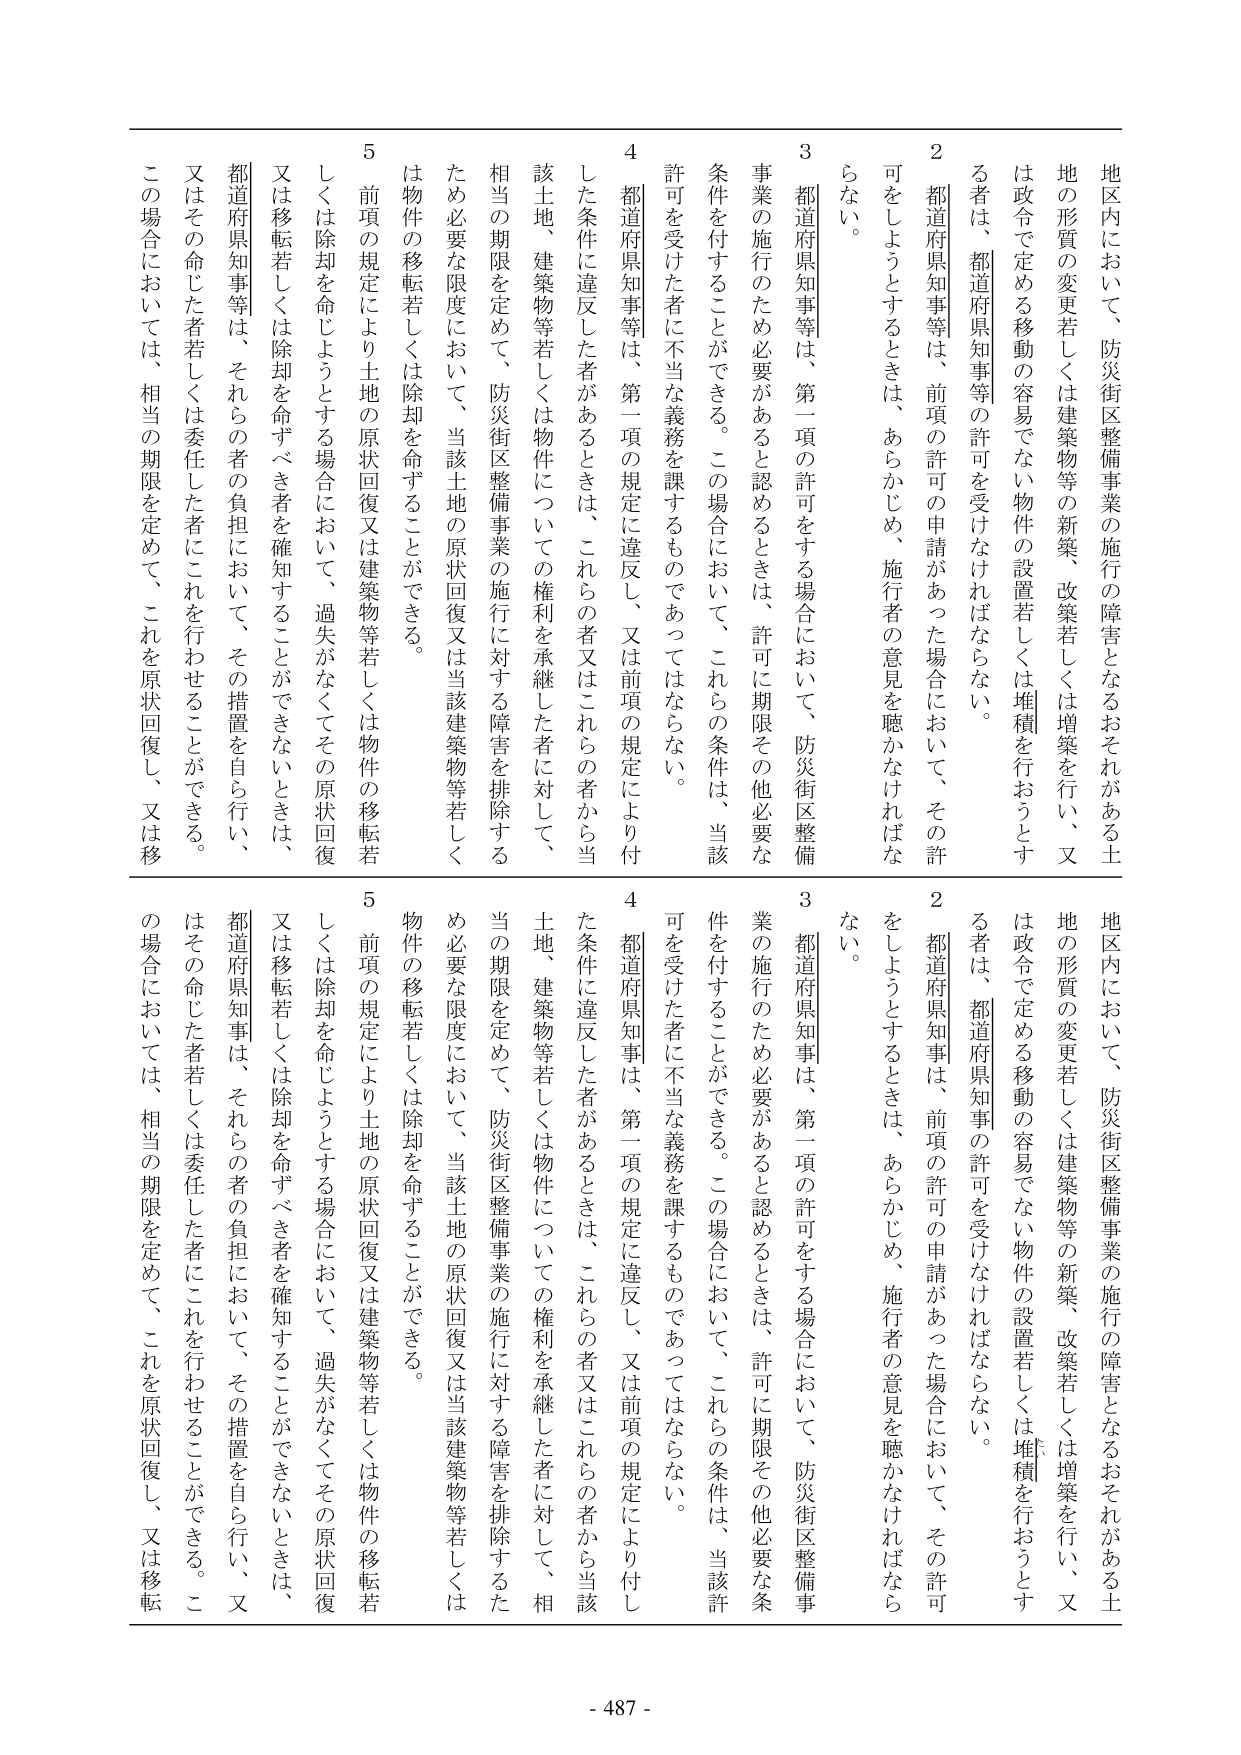
地区内において、防災街区整備事業の施行の障害となるおそれがある土地の形質の変更若しくは建築物等の新築、改築若しくは増築を行い、又は政令で定める移動の容易でない物件の設置若しくは堆積を行おうとする者は、都道府県知事等の許可を受けなければならない。

２　都道府県知事等は、前項の許可の申請があった場合において、その許可をしようとするときは、あらかじめ、施行者の意見を聴かなければならない。

３　都道府県知事等は、第一項の許可をする場合において、防災街区整備事業の施行のため必要があると認めるときは、許可に期限その他必要な条件を付することができる。この場合において、これらの条件は、当該許可を受けた者に不当な義務を課するものであってはならない。

４　都道府県知事等は、第一項の規定に違反し、又は前項の規定により付した条件に違反した者があるときは、これらの者又はこれらの者から当該土地、建築物等若しくは物件についての権利を承継した者に対して、相当の期限を定めて、防災街区整備事業の施行に対する障害を排除するため必要な限度において、当該土地の原状回復又は当該建築物等若しくは物件の移転若しくは除却を命ずることができる。

５　前項の規定により土地の原状回復又は建築物等若しくは物件の移転若しくは除却を命じようとする場合において、過失がなくてその原状回復又は移転若しくは除却を命ずべき者を確知することができないときは、都道府県知事等は、それらの者の負担において、その措置を自ら行い、又はその命じた者若しくは委任した者にこれを行わせることができる。この場合においては、相当の期限を定めて、これを原状回復し、又は移転

地区内において、防災街区整備事業の施行の障害となるおそれがある土地の形質の変更若しくは建築物等の新築、改築若しくは増築を行い、又は政令で定める移動の容易でない物件の設置若しくは堆積を行おうとする者は、都道府県知事等の許可を受けなければならない。

２　都道府県知事は、前項の許可の申請があった場合において、その許可をしようとするときは、あらかじめ、施行者の意見を聴かなければならない。

３　都道府県知事は、第一項の許可をする場合において、防災街区整備事業の施行のため必要があると認めるときは、許可に期限その他必要な条件を付することができる。この場合において、これらの条件は、当該許可を受けた者に不当な義務を課するものであってはならない。

４　都道府県知事は、第一項の規定に違反し、又は前項の規定により付した条件に違反した者があるときは、これらの者又はこれらの者から当該土地、建築物等若しくは物件についての権利を承継した者に対して、相当の期限を定めて、防災街区整備事業の施行に対する障害を排除するため必要な限度において、当該土地の原状回復又は当該建築物等若しくは物件の移転若しくは除却を命ずることができる。

５　前項の規定により土地の原状回復又は建築物等若しくは物件の移転若しくは除却を命じようとする場合において、過失がなくてその原状回復又は移転若しくは除却を命ずべき者を確知することができないときは、都道府県知事は、それらの者の負担において、その措置を自ら行い、又はその命じた者若しくは委任した者にこれを行わせることができる。この場合においては、相当の期限を定めて、これを原状回復し、又は移転

- 487 -